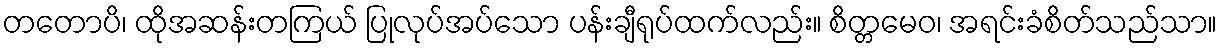
တတောပိ၊ ထိုအဆန်းတကြယ် ပြုလုပ်အပ်သော ပန်းချီရုပ်ထက်လည်း။ စိတ္တမေဝ၊ အရင်းခံစိတ်သည်သာ။